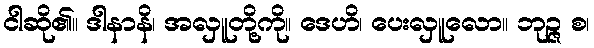
ငါဆို၏။ ဒါနာနိ၊ အလှူတို့ကို။ ဒေဟိ၊ ပေးလှူလော။ ဘုဉ္ဇ စ၊